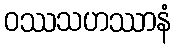
ဝဿသဟဿာနံ